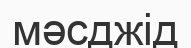
мәсджід